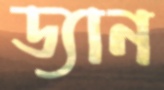
ড্যান